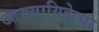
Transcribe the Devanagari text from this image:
आख्यायिकेचा